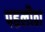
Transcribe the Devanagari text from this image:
पहलौठा